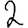
Digit: 2